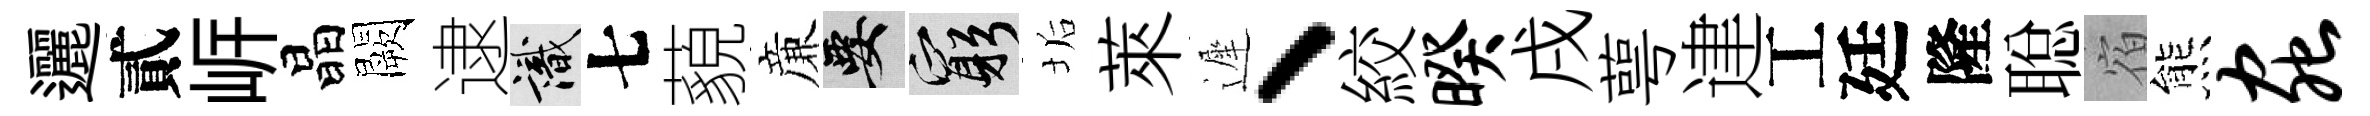
邐貳㟁晶闕逮識七藐亷要窮垢萊遲、絞暌戌萼䢖工廷隆聪宿熊虫